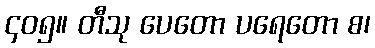
၄၀၅။ တီသု ပေတော ပရေတော စ၊